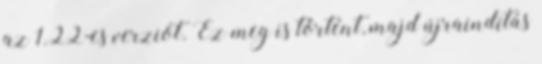
az 1.22-es verziót. Ez meg is történt, majd újraindítás